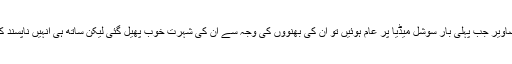
یونیورسٹی آف میریلین کی طالبہ صوفیہ کی تصاویر جب پہلی بار سوشل میڈیا پر عام ہوئیں تو ان کی بھنووں کی وجہ سے ان کی شہرت خوب پھیل گئی لیکن ساتھ ہی انہیں ناپسند کرنے والوں کی تعداد میں بھی اضافہ ہونے لگا۔